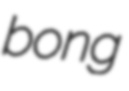
bong